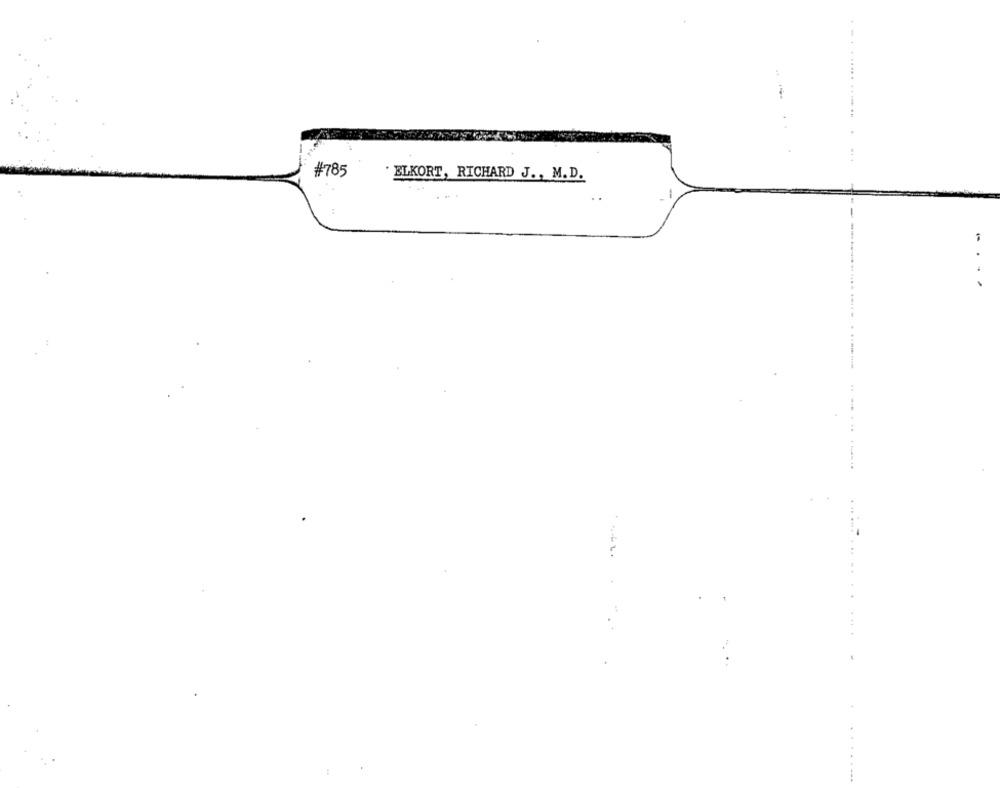
.. .
#785
' ELKORT, RICHARD J ., M. D.
-
....
---- ---